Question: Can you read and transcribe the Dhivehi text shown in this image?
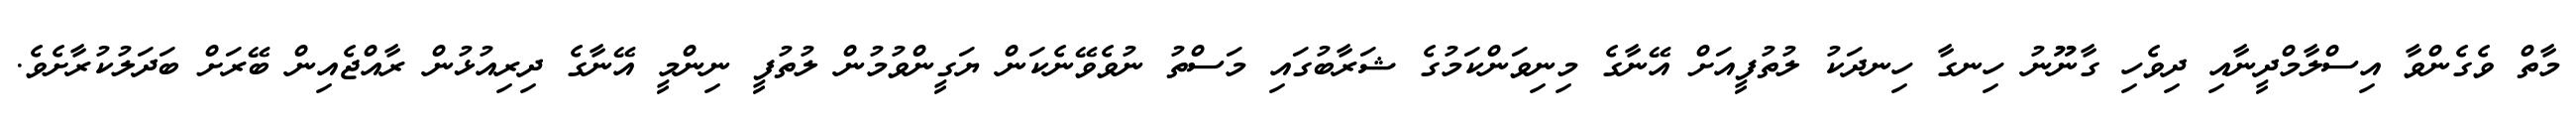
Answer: މާތް ވެގެންވާ އިސްލާމްދީނާއި ދިވެހި ގާނޫނު ހިނގާ ހިނދަކު ލުތުފީއަށް އޭނާގެ މިނިވަންކަމުގެ ޝަރާބުގައި މަސްތު ނުވެވޭނެކަން ޔަގީންވުމުން ލުތުފީ ނިންމީ އޭނާގެ ދިރިއުޅުން ރާއްޖެއިން ބޭރަށް ބަދަލުކުރާށެވެ.